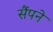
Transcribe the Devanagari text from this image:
सैंपने